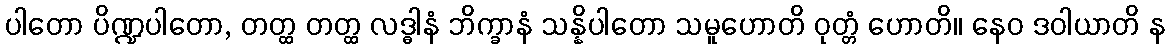
ပါတော ပိဏ္ဍပါတော, တတ္ထ တတ္ထ လဒ္ဓါနံ ဘိက္ခာနံ သန္နိပါတော သမူဟောတိ ဝုတ္တံ ဟောတိ။ နေဝ ဒဝါယာတိ န